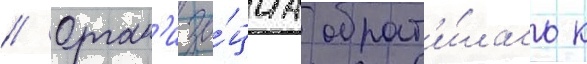
// Орган'иза́циа обрат'и́лась к